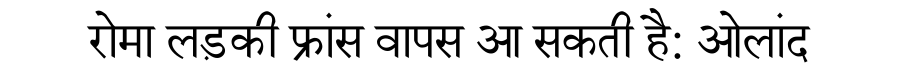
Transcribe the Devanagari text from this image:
रोमा लड़की फ्रांस वापस आ सकती है: ओलांद